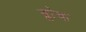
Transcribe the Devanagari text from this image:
ब्ला॓क